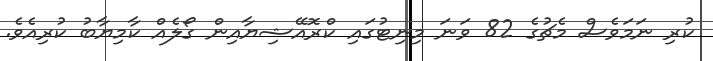
ކުރި ނަމަވެސް މެޗުގެ 82 ވަނަ މިނިޓުގައި ކްރޮއޭޝިޔާއިން ގޯލެއް ކާމިޔާބު ކުރިއެވެ.